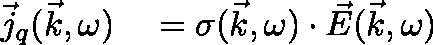
\begin{array} { r l } { \vec { j } _ { q } ( \vec { k } , \omega ) } & { { } = \mathbf { \sigma } ( \vec { k } , \omega ) \cdot \vec { E } ( \vec { k } , \omega ) } \end{array}